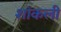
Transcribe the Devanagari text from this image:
शांकली